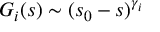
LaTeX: G _ { i } ( s ) \sim ( s _ { 0 } - s ) ^ { \gamma _ { i } }